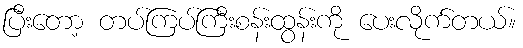
ပြီးတော့ တပ်ကြပ်ကြီးစန်းထွန်းကို ပေးလိုက်တယ်။